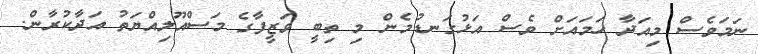
ނަމަވެސް މިއަދާ ހަމައަށް ވެސް އަޅުގަނޑުމެން މި ތިބީ ވަޒީފާގެ މަސްއޫލިއްޔަތު އަދާކުރާން.